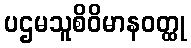
ပဌမသူစိဝိမာနဝတ္ထု